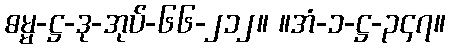
ဓမ္မ-ဋ္ဌ-ဒု-အုပ်-၆၆-၂၁၂။ ။အံ-၁-ဋ္ဌ-၃၄၇။